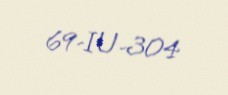
69-IU-304